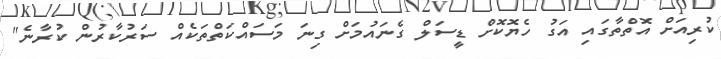
ކުރިއަށް އޮތްތާގައި އަގު ހެޔޮކޮށް ޑީސަލް ގެނައުމަށް ގިނަ މަސައްކަތްތަކެއް ސަރުކާރުން ކުރާނެ"